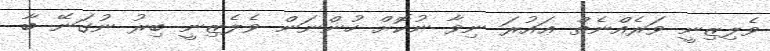
ވެލިޒިނީ ވަރެއްނެތް ޢައުރަ ނިވާ ނުކޮށް ހުންނަން ވެލެޒިނީ ބިރު ނުގަނޭ ބާ